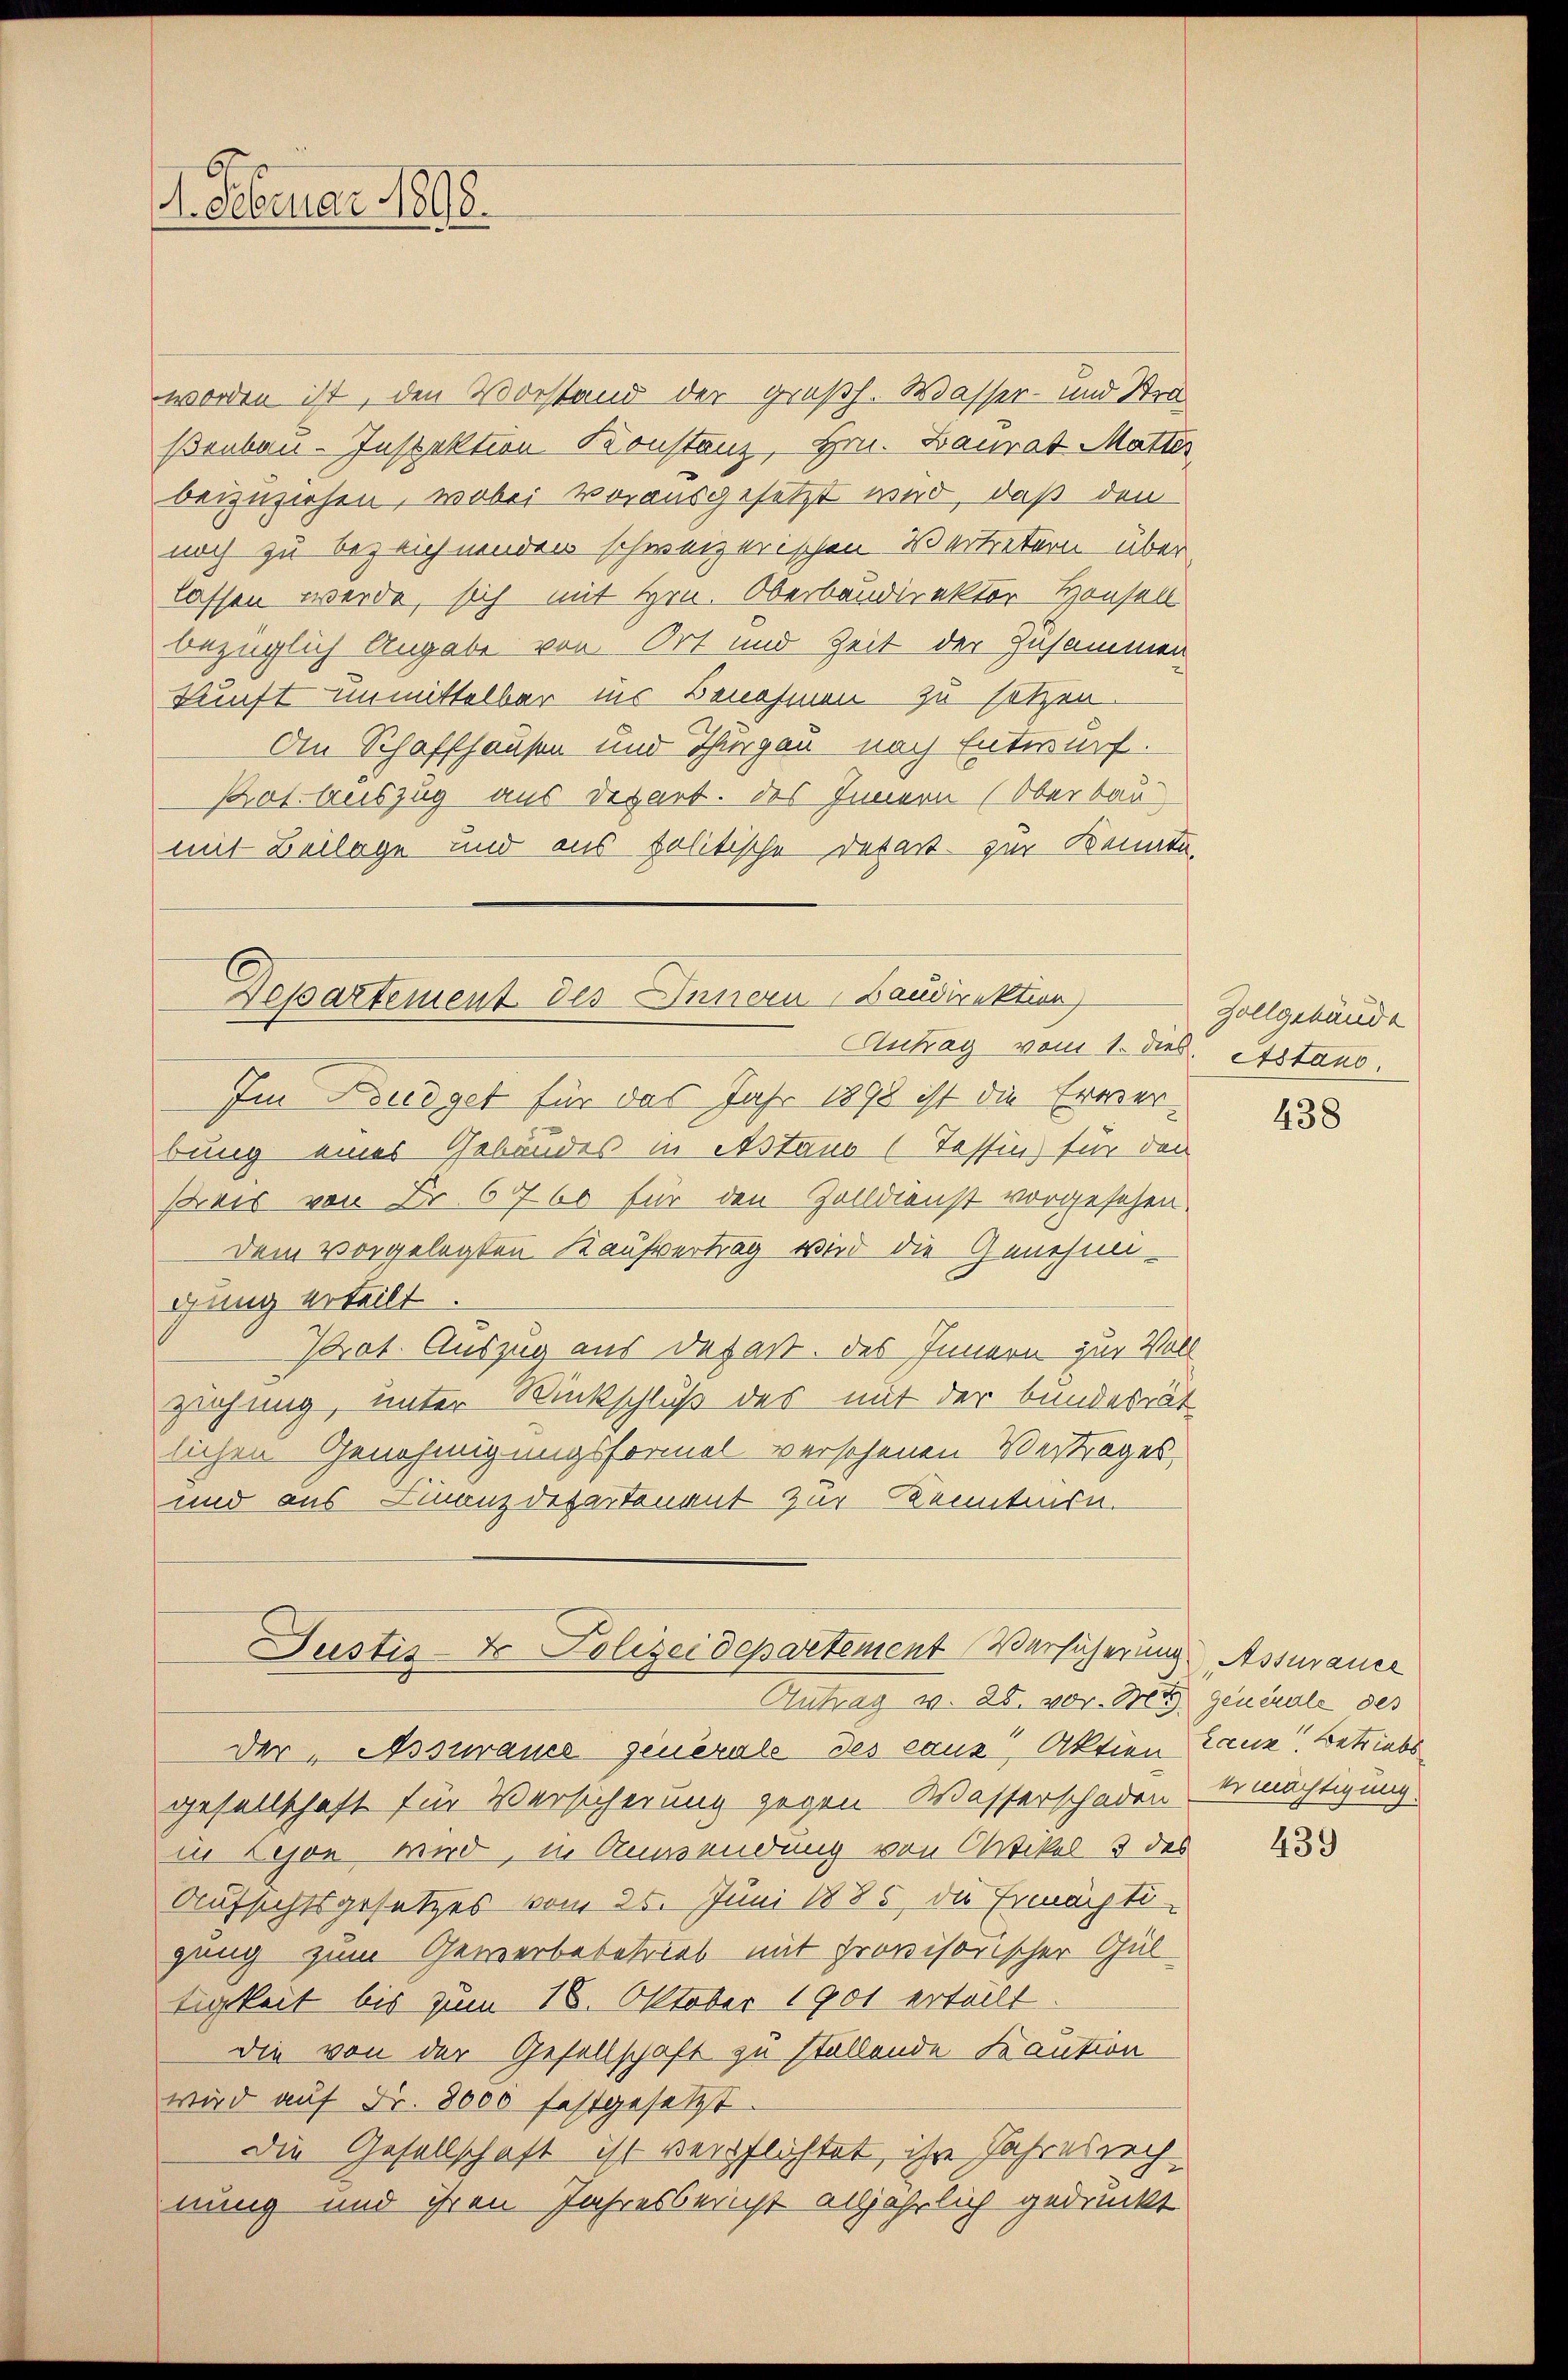
1. Februar 1898.

worden ist, den Vorstand der großh. Wasser- und Stra
ßenbau-Inspektion Konstanz, Hrn. Baurat Matter
beizuziehen, wobei vorausgesetzt wird, daß den
noch zu bezeichnenden schweizerischen Vertretern über
lassen werde, sich mit Hrn. Oberbaudirektor Housell
bezüglich Angabe von Ort und Zeit der Zusammen
kunft unmittelbar ins Benehmen zu setzen.
An Schaffhausen und Thurgau nach Entwurf.
Pat. Auszug aus Depart. des Innern (Oberbau
mit Beilage und aus politische Depart zur Kennte,
Departement des Innern Baudirektion
Antrag vom 1. dies. Atstand.
Im Budget für das Jahr 1898 ist die Erwerbung eines Gebäudes in Astaus (Tessin für den
Preis von Fr. 6760 für den Zolldienst vorgesehen.
Dem vorgelegten Kaufvertrag wird die Genehmgung erteilt.
Prot. Auszug aus defaßt. des Innern zur Voll
ziehung, unter Rückschluß des mit der Bundesrät
lichen Genehmigungsformel verschenen Vertrages,
und aus Finanzdepartenant zur Kenntnisn

Justis-Er Polizeidepartement Versicherung Assurance
Antrag v. 28. vor. M. generale des

der Assurance generale des caus Aktien kann Betriebs
gesellschaft für Versicherung gegen Wasserschaden Ermächtigung.
in Lesen wird, in Anwendung von Artikel 3 des
Aufsichtsgesetzes vom 25. Juni 1885, die Ermächti-
gung zum Gewerbebetrieb mit provisorischer Gul
tigkeit bis zum 18. Oktober 1901 erteilt
die von der Gesellschaft zu stellende Kaution
wird auf Fr. 8000 festgesetzt.
Die Gesellschaft ist verpflichtet, ihre Jahresrech
nung und ihren Jahresbericht alljährlich gedruckt

Zollgebäude

438

439